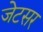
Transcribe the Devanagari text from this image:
जेटसर